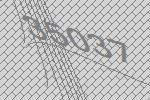
35037